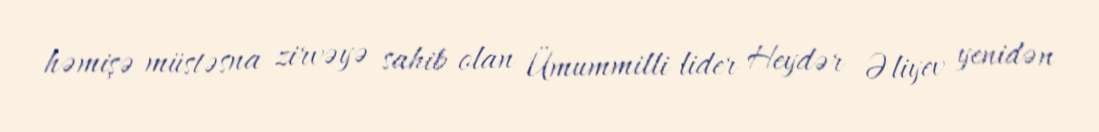
həmişə müstəsna zirvəyə sahib olan Ümummilli lider Heydər Əliyev yenidən